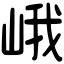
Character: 峨